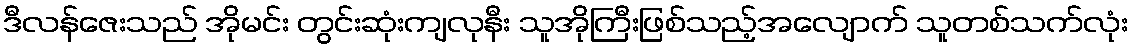
ဒီလန်ဇေးသည် အိုမင်း တွင်းဆုံးကျလုနီး သူအိုကြီးဖြစ်သည့်အလျောက် သူတစ်သက်လုံး